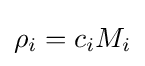
\rho _{i}=c_{i}M_{i}